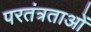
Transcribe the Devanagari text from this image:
परतंत्रताओं